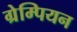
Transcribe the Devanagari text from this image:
ग्रेम्पियन